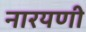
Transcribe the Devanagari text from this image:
नारयणी